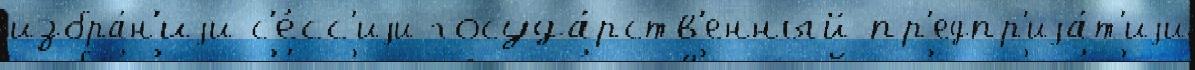
избра́н'иjи с'е́сс'иjи госуда́рств'енный пр'едпр'иjа́т'иjи